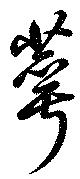
蕚